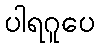
ပါရဂူပေ